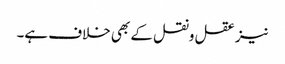
نیز عقل ونقل کے بھی خلاف ہے۔